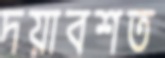
দয়াবশত